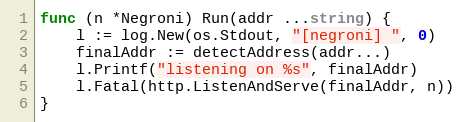
Language: Go
func (n *Negroni) Run(addr ...string) {
	l := log.New(os.Stdout, "[negroni] ", 0)
	finalAddr := detectAddress(addr...)
	l.Printf("listening on %s", finalAddr)
	l.Fatal(http.ListenAndServe(finalAddr, n))
}